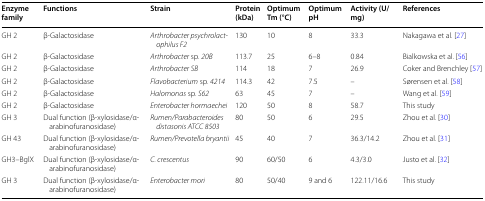
<table><thead><tr><td><b>Enzyme family</b></td><td><b>Functions</b></td><td><b>Strain</b></td><td><b>Protein (kDa)</b></td><td><b>Optimum Tm (°C)</b></td><td><b>Optimum pH</b></td><td><b>Activity (U/mg)</b></td><td><b>References</b></td></tr></thead><tbody><tr><td>GH 2</td><td>β-Galactosidase</td><td><i>Arthrobacter psychrolactophilus F2</i></td><td>130</td><td>10</td><td>8</td><td>33.3</td><td>Nakagawa et al. [27]</td></tr><tr><td>GH 2</td><td>β-Galactosidase</td><td><i>Arthrobacter</i> sp. <i>20B</i></td><td>113.7</td><td>25</td><td>6–8</td><td>0.84</td><td>Bialkowska et al. [56]</td></tr><tr><td>GH 2</td><td>β-Galactosidase</td><td><i>Arthrobacter</i> <i>SB</i></td><td>114</td><td>18</td><td>7</td><td>26.9</td><td>Coker and Brenchley [57]</td></tr><tr><td>GH 2</td><td>β-Galactosidase</td><td><i>Flavobacterium</i> sp. <i>4214</i></td><td>114.3</td><td>42</td><td>7.5</td><td>–</td><td>Sørensen et al. [58]</td></tr><tr><td>GH 2</td><td>β-Galactosidase</td><td><i>Halomonas</i> sp. <i>S62</i></td><td>63</td><td>45</td><td>7</td><td>–</td><td>Wang et al. [59]</td></tr><tr><td>GH 2</td><td>β-Galactosidase</td><td><i>Enterobacter hormaechei</i></td><td>120</td><td>50</td><td>8</td><td>58.7</td><td>This study</td></tr><tr><td>GH 3</td><td>Dual function (β-xylosidase/α-arabinofuranosidase)</td><td><i>Rumen/Parabacteroides distasonis ATCC 8503</i></td><td>80</td><td>50</td><td>6</td><td>29.5</td><td>Zhou et al. [30]</td></tr><tr><td>GH 43</td><td>Dual function (β-xylosidase/α-arabinofuranosidase)</td><td><i>Rumen/Prevotella bryantii</i></td><td>45</td><td>40</td><td>7</td><td>36.3/14.2</td><td>Zhou et al. [31]</td></tr><tr><td>GH3–BglX</td><td>Dual function (β-xylosidase/α-arabinofuranosidase)</td><td><i>C. crescentus</i></td><td>90</td><td>60/50</td><td>6</td><td>4.3/3.0</td><td>Justo et al. [32]</td></tr><tr><td>GH 3</td><td>Dual function (β-xylosidase/α-arabinofuranosidase)</td><td><i>Enterobacter mori</i></td><td>80</td><td>50/40</td><td>9 and 6</td><td>122.11/16.6</td><td>This study</td></tr></tbody></table>